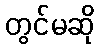
တွင်မဆို